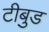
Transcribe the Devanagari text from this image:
टीबुड